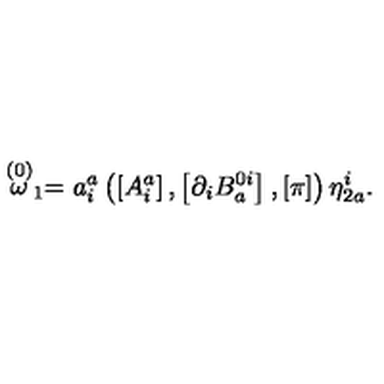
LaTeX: \stackrel { \left( 0 \right) } { \omega } _ { 1 } = a _ { i } ^ { a } \left( \left[ A _ { i } ^ { a } \right] , \left[ \partial _ { i } B _ { a } ^ { 0 i } \right] , \left[ \pi \right] \right) \eta _ { 2 a } ^ { i } .